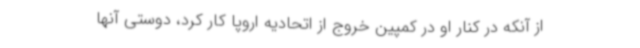
از آنکه در کنار او در کمپین خروج از اتحادیه اروپا کار کرد، دوستی آنها